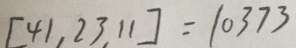
[ 4 1 , 2 3 , 1 1 ] = 1 0 3 7 3